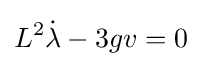
L^{2}{\dot {\lambda }}-3gv=0